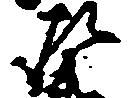
左